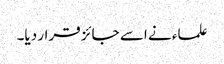
علماء نے اسے جائز قرار دیا۔